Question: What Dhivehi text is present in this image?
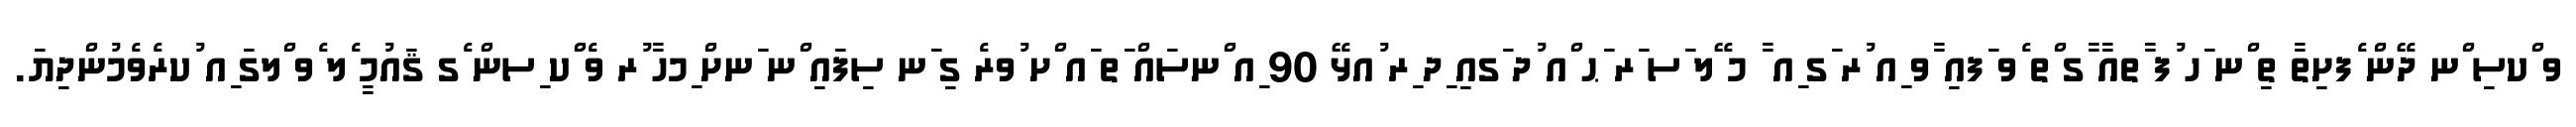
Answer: ވ ްކސި ްނ ދޭން ެފށިތާ ތި ްނ ަހ ުފ ާތއާ ާގ ްތ ެވ ަފއި ާވ ިއ ުރ ަގ ިއ ާ މ ޭލ ަސ ަރ ަޙ ްއ ުދ ަގއި ިދ ިރ ުއޅޭ 90 ިއ ްނސައް ަތ ައ ްށ ުވރެ ގި ަނ ސިފައި ްނ ަނށް ިމހާ ުރ ވެ ްކ ިސން ެގ ޤައުމީ ެލ ެވ ްލގަ ިއ ުކރެވެމުންދިޔަ.